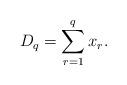
LaTeX: \begin{align*}D_{q}=\sum_{r=1}^{q}x_{r}.\end{align*}